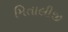
મિતાલીજી